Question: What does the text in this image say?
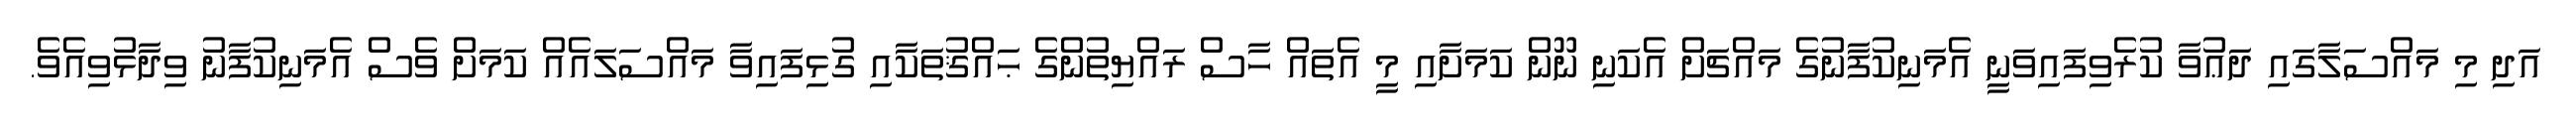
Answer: އަދި މި މައްސަލާގައި ދަޢުވާ ކުރެވިފައިވަނީ އެމަނިކުފާނުގެ މައްޗަށް އެކަނި ނޫން ކަމަށާއި މީ އެތައް ހާސް ރައްޔިތުންގެ ޙައްޤުތަކާއި ގުޅިފައިވާ މައްސަލައެއް ކަމަށް ވެސް އެމަނިކުފާނު ވިދާޅުވިއެވެ.